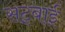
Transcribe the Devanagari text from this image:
सट्बाई